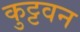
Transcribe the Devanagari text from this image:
कुट्टवन